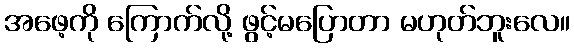
အဖေ့ကို ကြောက်လို့ ဖွင့်မပြောတာ မဟုတ်ဘူးလေ။